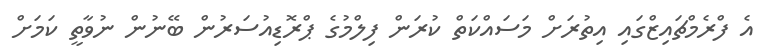
އެ ފްރެމްޗައިޒްގައި އިތުރަށް މަސައްކަތް ކުރަން ފިލްމުގެ ޕްރޮޑިއުސަރުން ބޭނުން ނުވާތީ ކަމަށް